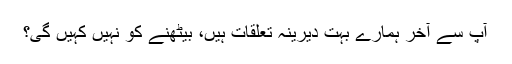
آپ سے آخر ہمارے بہت دیرینہ تعلقات ہیں، بیٹھنے کو نہیں کہیں گی؟